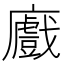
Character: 𢋼